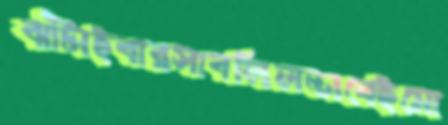
ঝাঁটাইবারসাবলিলভাবেইমো